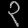
Digit: ၃